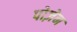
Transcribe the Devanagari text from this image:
पोज़ेन